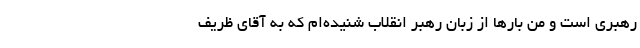
رهبری است و من بارها از زبان رهبر انقلاب شنیده‌ام که به آقای ظریف